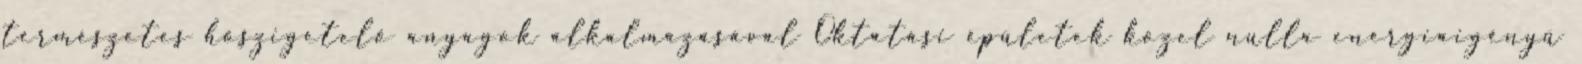
természetes hőszigetelő anyagok alkalmazásával Oktatási épületek közel nulla energiaigényű